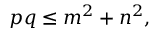
p q \leq m ^ { 2 } + n ^ { 2 } ,